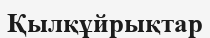
Қылқұйрықтар